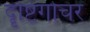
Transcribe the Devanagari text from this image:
दॄष्टिगोचर